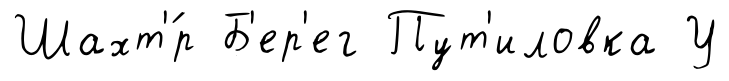
Шахт'́р Б'ер'ег Пут'иловка У